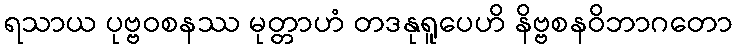
ရသာယ ပုဗ္ဗဝစနဿ မုတ္တာဟံ တဒနုရူပေဟိ နိဗ္ဗစနဝိဘာဂတော